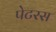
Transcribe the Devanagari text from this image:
पेटरस